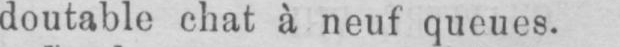
doutable chat à neuf queues.